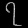
Digit: ၇